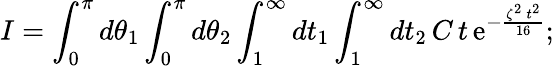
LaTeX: I=\int_{0}^{\pi}d\theta_{1}\int_{0}^{\pi}d\theta_{2}\int_{1}^{\infty}dt_{1}\int_{1}^{\infty}dt_{2}\, C\, t\, \mathrm{e}^{-\frac{\zeta^{2}\, t^{2}}{16}};